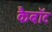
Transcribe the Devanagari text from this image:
कैबॉट